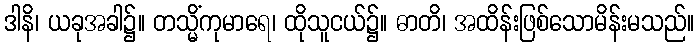
ဒါနိ၊ ယခုအခါ၌။ တသ္မိံကုမာရေ၊ ထိုသူငယ်၌။ ဓာတိ၊ အထိန်းဖြစ်သောမိန်းမသည်။